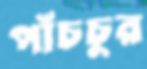
পাঁচচুর